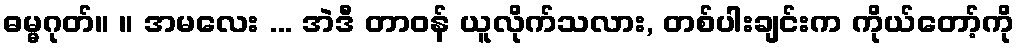
ဓမ္မဂုတ်။ ။ အမလေး ... အဲဒီ တာဝန် ယူလိုက်သလား, တစ်ပါးချင်းက ကိုယ်တော့်ကို